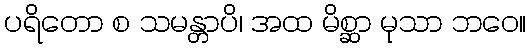
ပရိတော စ သမန္တာပိ၊ အထ မိစ္ဆာ မုသာ ဘဝေ။